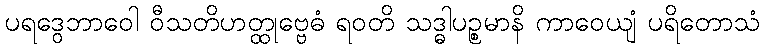
ပရဒွေဘာဝေါ ဝီသတိဟတ္ထုဗ္ဗေဓံ ရဝတိ သဒ္ဓါပဉ္စမာနိ ကာဝေယျံ ပရိတောသံ